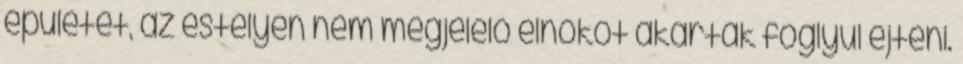
épületet, az estélyen nem megjelelő elnököt akarták foglyul ejteni.